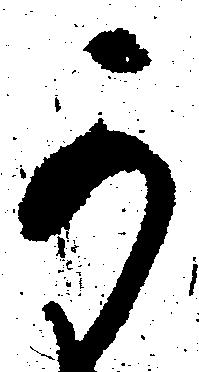
可